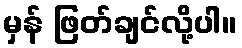
မှန် ဖြတ်ချင်လို့ပါ။